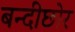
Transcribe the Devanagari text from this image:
बन्दीछोर